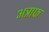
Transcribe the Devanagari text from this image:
अत्राफ